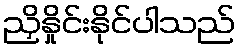
ညှိနှိုင်းနိုင်ပါသည်